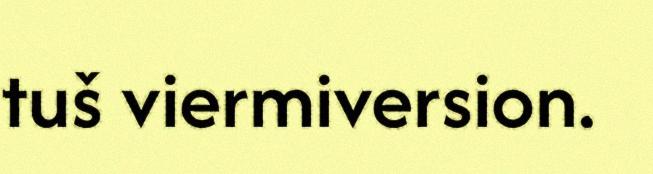
tuš viermiversion.